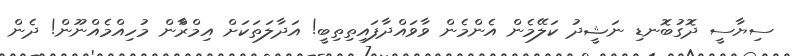
ސިޔާސީ ދޮގުބޮނޑި ނަޝީދު ކަލޭމެން އެންމެން ވާވައްދާފައިތިތިބީ! އަދާލަތަކަށް އިމްރާްން މުހިއްމެއްނޫން! ދެން